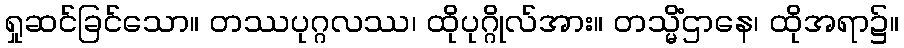
ရှုဆင်ခြင်သော။ တဿပုဂ္ဂလဿ၊ ထိုပုဂ္ဂိုလ်အား။ တသ္မိံဌာနေ၊ ထိုအရာ၌။